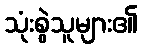
သုံးစွဲသူများ၏